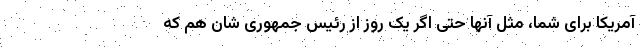
آمریکا برای شما، مثل آنها حتی اگر یک روز از رئیس جمهوری شان هم که